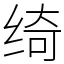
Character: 绮